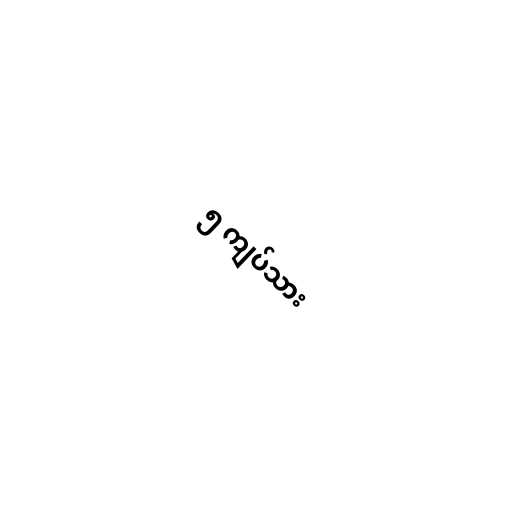
၅ ကျပ်သား